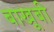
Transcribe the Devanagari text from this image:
बाखूबी